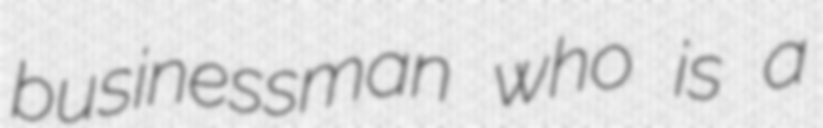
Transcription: businessman who is a